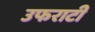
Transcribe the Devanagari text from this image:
उफराटी